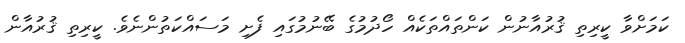
ކަމަށްވާ ކީރިތި ޤުރުއާނުން ކަންތައްތަކެއް ހޯދުމުގެ ބޭނުމުގައި ފެށި މަސައްކަތުންނެވެ. ކީރިތި ޤުރުއާން